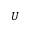
U